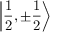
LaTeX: \left| { \frac { 1 } { 2 } } , \pm { \frac { 1 } { 2 } } \right\rangle